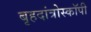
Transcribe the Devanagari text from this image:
बृहदांत्रोस्कॉपी